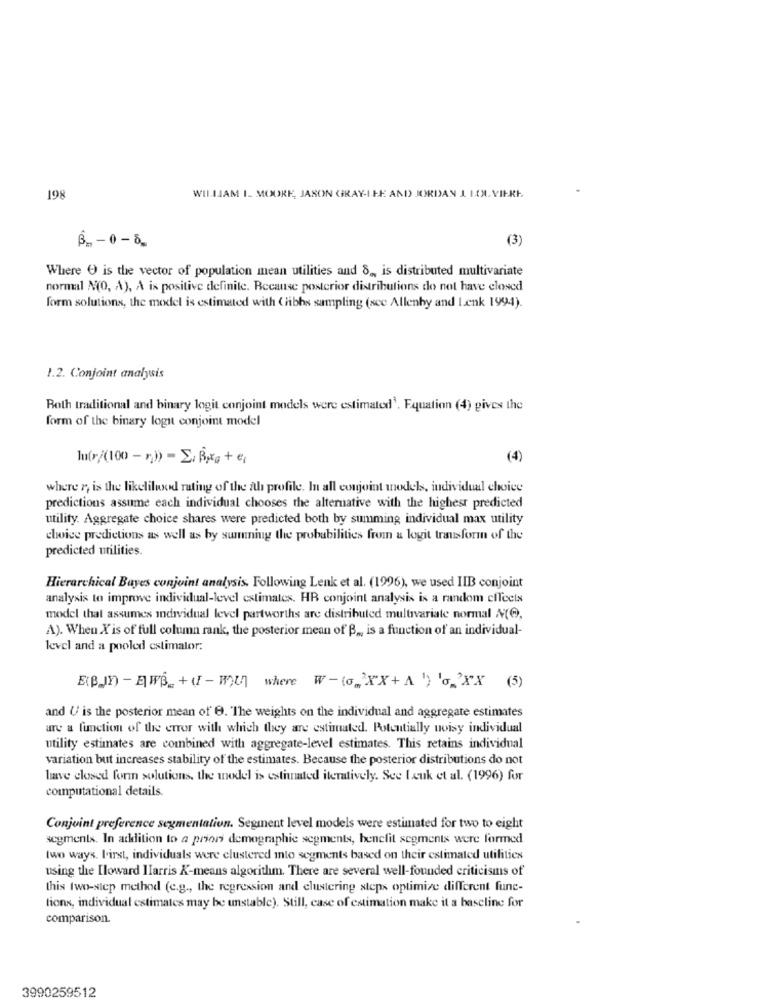
198
WILLIAM I. MOORE, JASON GRAY-ILE AND JORDAN J LON. VIERI.
(3)
B1 - 0 - 8_
Where O is the vector of population mean utilities and 8 ,, is distributed multivariate
normal N(O, A), A is positive definite. Because posterior distributions do not have closed
form solutions, the model is estimated with (libhs sampling (sce Allenby and Lenk 1994).
1.2. Conjoint analysis
Roth traditional and binary logit conjoint models were estimated', Equation (4) gives the
form of the binary logit conjoint model
m(r/(100 - r))) - E, Boxg + €;
(4)
where n, is the likelilwod rating of the ath profile. In all conjoint models, individual choice
predictions assume each individual chooses the alternative with the highest predicted
utility. Aggregate choice shares were predicted both by summing individual max utility
choice predictions as well as by sunning the probabilities from & logit trausform of the
predicted utilities.
Hierarchical Bayes conjoint analysis. Following Lenk et al. (1996), we used IIB conjoint
analysis to improve individual-level estimates. HR conjoint analysis is a random effects
model that assumes individual level partworths are distributed multivariate normal A(@),
A). When X'is of full column rank, the posterior mean of' B ., is a function of an individual-
level and a pooled estimalor:
E(BJ)-EWB+(-mun where W-(o_XX+A ) 'o_2XX (5)
and U is the posterior mean of 9. The weights on the individual and aggregate estimates
are a function of the error with which they are estimated. Potentially noisy individual
utility estimates are combined with aggregate-level estimates. This retains individual
variation but increases stability of the estimates. Because the posterior distributions do not
have closed form solutions, the model is estimated iteratively. See I cuk et al. (1996) for
computational details.
Conjoint preference segmentation. Segment level models were estimated for two to eight
segments. In addition to a priori demographie segments, benefit segments were formed
two ways. l'irst, individuals were clustered into segments based on their estimated utilities
using the Iloward Harris K-means algorithm. There are several well-founded criticisms of
this two-step method (e.g ., the regression and clustering steps optimize different fune-
tions, individual estimates may be unstable). Still, case of estimation make it a baseline for
comparison.
3990259512